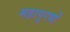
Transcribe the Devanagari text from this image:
महापुरषों